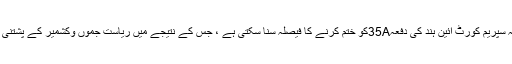
تمام سیاسی اور سماجی حلقوں کو خدشہ لاحق ہوگیا ہے کہ سپریم کورٹ آئین ہند کی دفعہ35Aکو ختم کرنے کا فیصلہ سنا سکتی ہے ، جس کے نتیجے میں ریاست جموں وکشمیر کے پشتنی باشندوں کو حاصل خصوصی اختیارات ختم ہوجائیں گے ۔